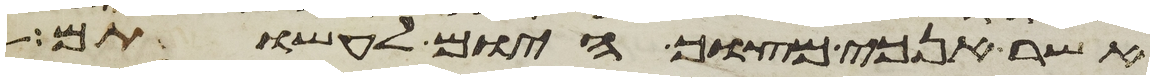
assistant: אשר אנכי מצוך היום לעשותם